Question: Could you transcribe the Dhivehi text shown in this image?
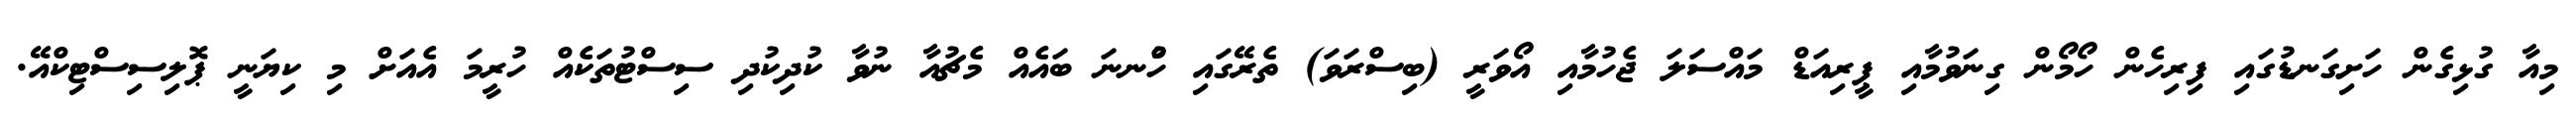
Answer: މިއާ ގުޅިގެން ހަށިގަނޑުގައި ފިރިހެން ހޯމޯން ގިނަވުމާއި ޕީރިއަޑް މައްސަލަ ޖެހުމާއި އޯވަރީ (ބިސްރަވަ) ތެރޭގައި ހުްނނަ ބައެއް މެޗުއާ ނުވާ ކުދިކުދި ސިސްޓުތަކެއް ހުރީމަ އެއަށް މި ކިޔަނީ ޕޮލިސިސްޓިކްއޭ.